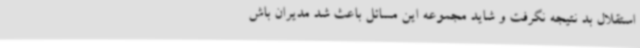
استقلال بد نتیجه نگرفت و شاید مجموعه این مسائل باعث شد مدیران باش